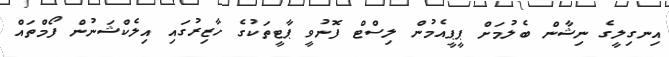
އިނގިލީގެ ނިޝާން ބެލުމަށް ޕީޕީއެމުން ލިސްޓް ފޮނުވީ ޕާޓީތަކުގެ ހާޒިރުގައި އިލެކްޝަނުން ފޯމްތައް